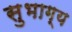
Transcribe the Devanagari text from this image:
सुभाग्य